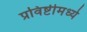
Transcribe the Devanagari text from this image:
प्रविष्टीमध्ये